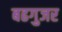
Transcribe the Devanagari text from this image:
बढगुजर